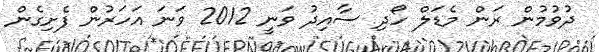
ދުވުމުން ރަން މެޑަލް ހޯދި ސާއިދު ވަނީ 2012 ވަނަ އަހަރުން ފެށިގެން